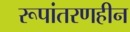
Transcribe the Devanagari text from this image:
रूपांतरणहीन